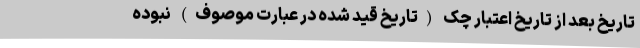
تاریخ بعد از تاریخ اعتبار چک (تاریخ قید شده در عبارت موصوف) نبوده